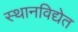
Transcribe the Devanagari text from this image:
स्थानविद्येत